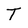
Character: T